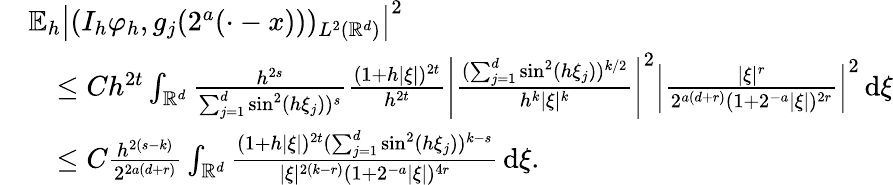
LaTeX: \begin{array}{rl}&{\mathbb{E}_{h}\left|(I_{h}\varphi_{h},g_{j}(2^{a}(\cdot-x)))_{L^{2}(\mathbb{R}^{d})}\right|^{2}}\\ &{\quad\le Ch^{2t}\int_{\mathbb{R}^{d}}\frac{h^{2s}}{\sum_{j=1}^{d}\sin^{2}(h\xi_{j}))^{s}}\frac{(1+h|\xi|)^{2t}}{h^{2t}}\left|\frac{(\sum_{j=1}^{d}\sin^{2}(h\xi_{j}))^{k/2}}{h^{k}|\xi|^{k}}\right|^{2}\left|\frac{|\xi|^{r}}{2^{a(d+r)}(1+2^{-a}|\xi|)^{2r}}\right|^{2}\, \mathrm{d}\xi}\\ &{\quad\le C\frac{h^{2(s-k)}}{2^{2a(d+r)}}\int_{\mathbb{R}^{d}}\frac{(1+h|\xi|)^{2t}(\sum_{j=1}^{d}\sin^{2}(h\xi_{j}))^{k-s}}{|\xi|^{2(k-r)}(1+2^{-a}|\xi|)^{4r}}\, \mathrm{d}\xi.}\end{array}